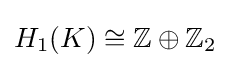
H_{1}(K)\cong \mathbb {Z} \oplus \mathbb {Z} _{2}